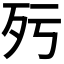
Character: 𣧁